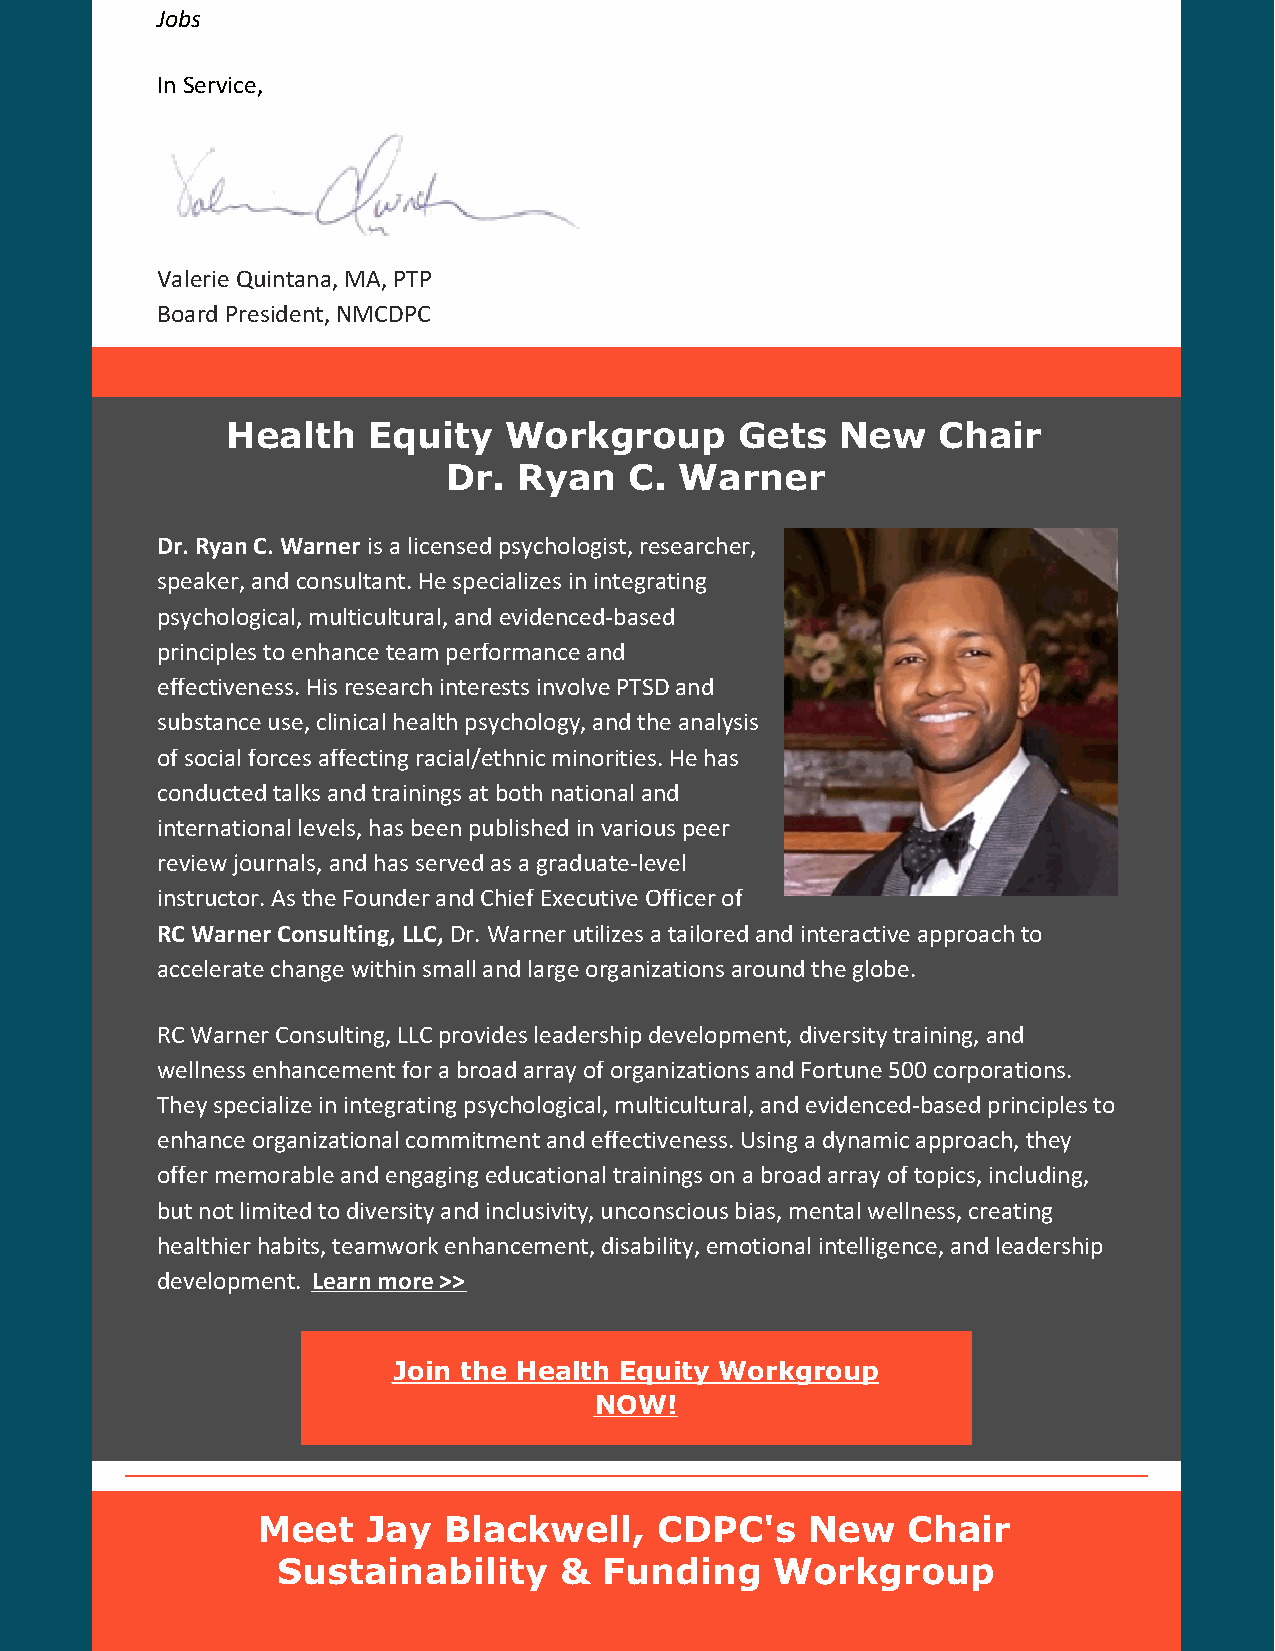
Jobs
 In Service,
 Valerie Quintana, MA, PTP
 Board President, NMCDPC
 Health   Equity   Workgroup       Gets   New   Chair
 Dr. Ryan    C. Warner
 Dr. Ryan C. Warner is a licensed psychologist, researcher,
 speaker, and consultant. He specializes in integrating
 psychological, multicultural, and evidenced-based
 principles to enhance team performance and
 effectiveness. His research interests involve PTSD and
 substance use, clinical health psychology, and the analysis
 of social forces affecting racial/ethnic minorities. He has
 conducted talks and trainings at both national and
 international levels, has been published in various peer
 review journals, and has served as a graduate-level
 instructor. As the Founder and Chief Executive Officer of
 RC Warner Consulting, LLC, Dr. Warner utilizes a tailored and interactive approach to
 accelerate change within small and large organizations around the globe.
 RC Warner Consulting, LLC provides leadership development, diversity training, and
 wellness enhancement for a broad array of organizations and Fortune 500 corporations.
 They specialize in integrating psychological, multicultural, and evidenced-based principles to
 enhance organizational commitment and effectiveness. Using a dynamic approach, they
 offer memorable and engaging educational trainings on a broad array of topics, including,
 but not limited to diversity and inclusivity, unconscious bias, mental wellness, creating
 healthier habits, teamwork enhancement, disability, emotional intelligence, and leadership
 development. Learn more >>
 Join the Health Equity Workgroup
 NOW!
 Meet   Jay  Blackwell,     CDPC's   New    Chair
 Sustainability     &  Funding    Workgroup